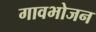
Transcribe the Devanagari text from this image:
गावभोजन